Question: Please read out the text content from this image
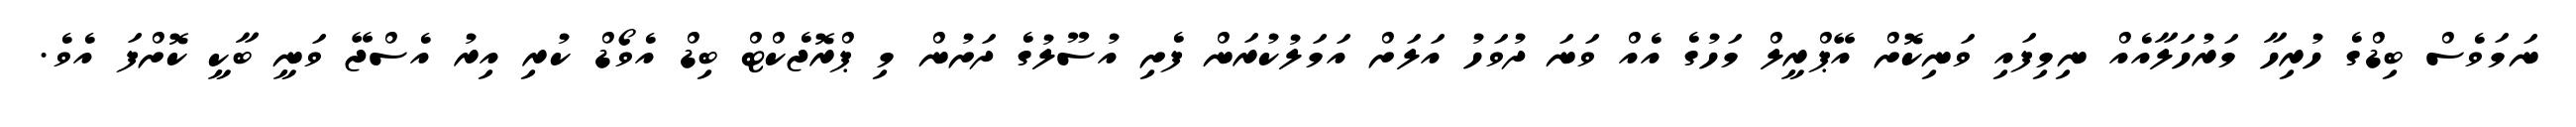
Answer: ނަމަވެސް ބިޑްގެ ހުރިހާ މަރުހަލާއެއް ނިމިފައި ވަނިކޮށް އޭޕްރީލް މަހުގެ އެއް ވަނަ ދުވަހު އަލަށް އަމަލުކުރަން ފެށި އުސޫލުގެ ދަށުން މި ޕްރޮޖެކްޓް ބިޑް އެވޯޑް ކުރި އިރު އެސްޖޭ ވަނީ ބާކީ ކޮށްފަ އެވެ.